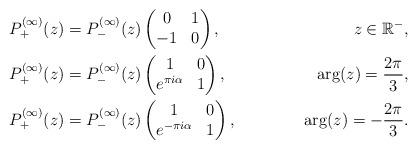
LaTeX: \begin{align*}&P^{(\infty)}_{+}(z) = P^{(\infty)}_{-}(z) \begin{pmatrix}0&1\\-1&0\end{pmatrix}, &z\in \mathbb{R}^{-},\\&P^{(\infty)}_{+}(z) = P^{(\infty)}_{-}(z) \begin{pmatrix}1 & 0 \\ e^{\pi i \alpha} & 1\end{pmatrix}, & \arg(z) = \frac{2\pi}{3},\\&P^{(\infty)}_{+}(z) = P^{(\infty)}_{-}(z) \begin{pmatrix}1 & 0 \\ e^{-\pi i \alpha} & 1\end{pmatrix}, & \arg(z) = -\frac{2\pi}{3}.\end{align*}